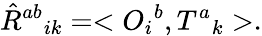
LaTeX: \hat{R}^{ab}{}_{ik}=<O_{i}{}^{b},T^{a}{}_{k}>.